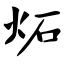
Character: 炻